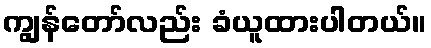
ကျွန်တော်လည်း ခံယူထားပါတယ်။